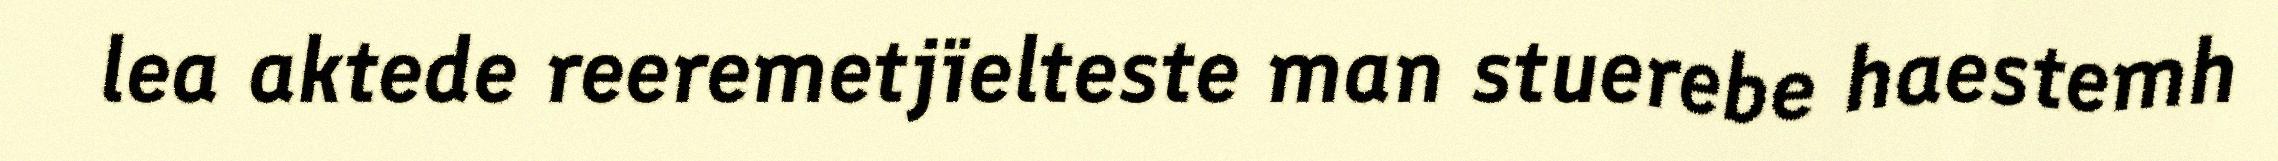
lea aktede reeremetjïelteste man stuerebe haestemh